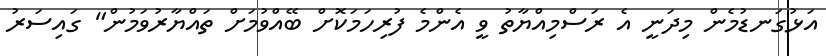
އަޅުގަނޑުމެން މިދަނީ އެ ރަސްމިއްޔާތު ވީ އެންމެ ފުރިހަމަކޮށް ބޭއްވުމަށް ތައްޔާރުވަމުން" ގައިސަރު